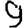
Digit: 9